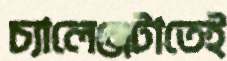
চ্যালেঞ্জটাতেই